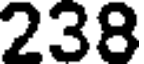
238